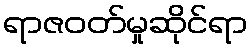
ရာဇဝတ်မှုဆိုင်ရာ